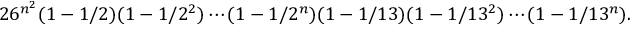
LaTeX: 2 6 ^ { n ^ { 2 } } ( 1 - 1 / 2 ) ( 1 - 1 / 2 ^ { 2 } ) \cdots ( 1 - 1 / 2 ^ { n } ) ( 1 - 1 / 1 3 ) ( 1 - 1 / 1 3 ^ { 2 } ) \cdots ( 1 - 1 / 1 3 ^ { n } ) .